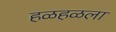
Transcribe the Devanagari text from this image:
हळहळला